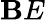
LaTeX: \mathbf{B}E